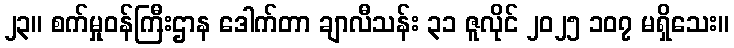
၂၃။ စက်မှုဝန်ကြီးဌာန ဒေါက်တာ ချာလီသန်း ၃၁ ဇူလိုင် ၂၀၂၅ ၁၀၇ မရှိသေး။